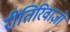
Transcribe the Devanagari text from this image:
रीतिरिवाज़ों